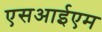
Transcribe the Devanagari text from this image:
एसआईएम